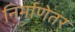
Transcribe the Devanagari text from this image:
निर्माणेतर